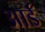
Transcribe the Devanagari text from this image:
आर्डॅ